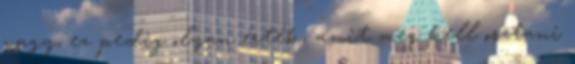
vagy, ez pedig olyan érték, amit meg kell osztani